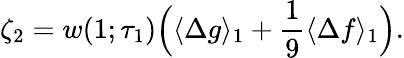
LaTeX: \begin{array}{ccc}{\displaystyle{\zeta_{2}=w(1;\tau_{1})\Big(\langle\Delta g\rangle_{1}+\frac{1}{9}\langle\Delta f\rangle_{1}\Big).}}\end{array}